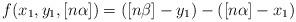
LaTeX: \begin{align*}f(x_1,y_1,[n\alpha]) = ([n\beta]-y_1)-([n\alpha]-x_1)\end{align*}